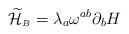
LaTeX: \begin{align*}{\widetilde{\cal H}}_{\scriptscriptstyle B}=\lambda_{a}\omega^{ab}\partial_{b}H\end{align*}